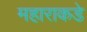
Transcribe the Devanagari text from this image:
महाराकडे